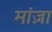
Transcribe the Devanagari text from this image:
मांज़ा